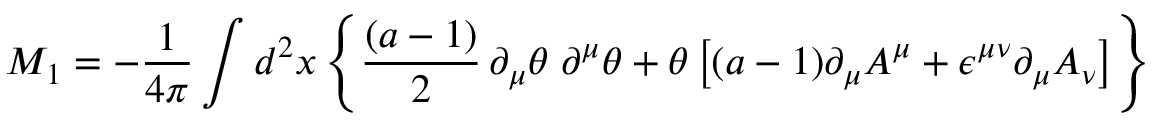
M _ { 1 } = - { \frac { 1 } { 4 \pi } } \int d ^ { 2 } x \left\lbrace { \frac { ( a - 1 ) } { 2 } } \, \partial _ { \mu } \theta \; \partial ^ { \mu } \theta + \theta \left\lbrack ( a - 1 ) \partial _ { \mu } A ^ { \mu } + \epsilon ^ { \mu \nu } \partial _ { \mu } A _ { \nu } \right\rbrack \right\rbrace